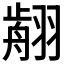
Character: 𦑳